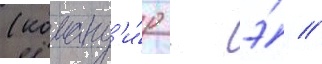
(команд'и́р - э́ //